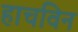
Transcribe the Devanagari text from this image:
हाचविन